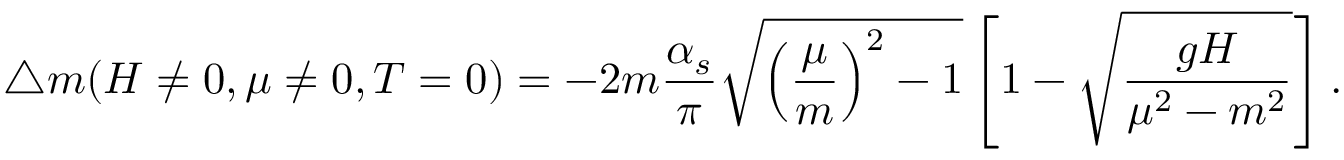
\triangle m ( H \ne 0 , \mu \ne 0 , T = 0 ) = - 2 m \frac { \alpha _ { s } } { \pi } \sqrt { \left( \frac { \mu } m \right) ^ { 2 } - 1 } \left[ 1 - \sqrt { \frac { g H } { \mu ^ { 2 } - m ^ { 2 } } } \right] .